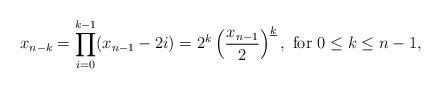
LaTeX: \begin{align*}x_{n-k}=\prod_{i=0}^{k-1}(x_{n-1}-2i)=2^k\left( \frac{x_{n-1}}{2} \right)^{\underline{k}}, \textnormal{ for $0\leq k \leq n-1$,}\end{align*}